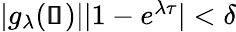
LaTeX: \begin{array}{r}{|g_{\lambda}(\pmb{\mathscr{s}})||1-e^{\lambda\tau}|<\delta}\end{array}